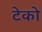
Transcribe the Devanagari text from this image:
टेको